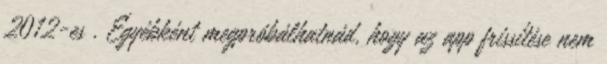
2012-es . Egyébként megpróbálhatnád, hogy az app frissítése nem